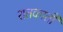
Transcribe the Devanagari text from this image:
शतकाती